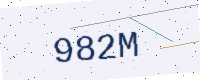
Text: 982M